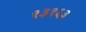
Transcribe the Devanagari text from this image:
१३१६३